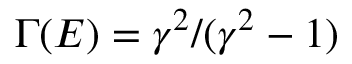
\Gamma ( E ) = \gamma ^ { 2 } / ( \gamma ^ { 2 } - 1 )